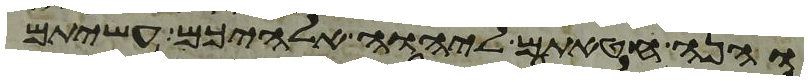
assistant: והנה חטאתם ליהוה אלהיכם עשיתם